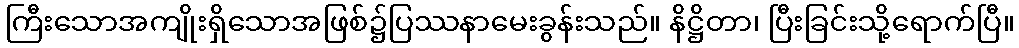
ကြီးသောအကျိုးရှိသောအဖြစ်၌ပြဿနာမေးခွန်းသည်။ နိဋ္ဌိတာ၊ ပြီးခြင်းသို့ရောက်ပြီ။